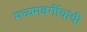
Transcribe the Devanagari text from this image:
मध्यमवर्गीयांची